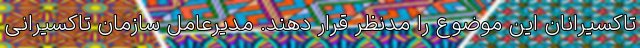
تاکسیرانان این موضوع را مدنظر قرار دهند. مدیرعامل سازمان تاکسیرانی